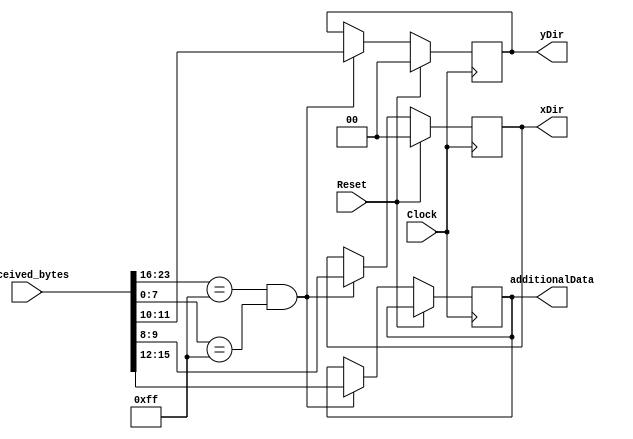
`timescale 1ns / 1ps
//////////////////////////////////////////////////////////////////////////////////
// Company: 
// Engineer: 
// 
// Design Name: 
// Module Name:    PacketProcessor 
// Project Name: 
// Target Devices: 
// Tool versions: 
// Description: 
//
// Dependencies: 
//
// Revision: 
// Revision 0.01 - File Created
// Additional Comments: 
//
//////////////////////////////////////////////////////////////////////////////////
module PacketProcessor(
	input Clock,
	input Reset,
	input [23:0] received_bytes,
	output reg [1:0] xDir,
	output reg [1:0] yDir,
	output reg [3:0] additionalData
);

always@(posedge Clock) begin
	if(Reset) begin
		xDir <= 0;
		yDir <= 0;
	end
	else if(received_bytes[23:16] == 8'hFF && received_bytes[7:0] == 8'hFF) begin
		xDir <= received_bytes[9:8];
		yDir <= received_bytes[11:10];
		additionalData <= received_bytes[15:12];
	end
end

endmodule